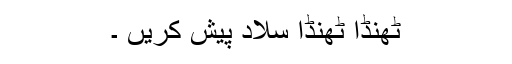
ٹھنڈا ٹھنڈا سلاد پیش کریں ۔